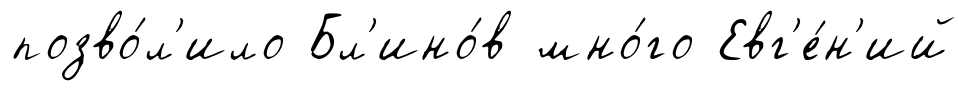
позво́л'ило Бл'ино́в мно́го Евг'е́н'ий